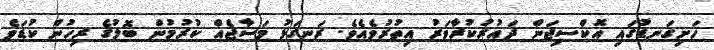
ހަށިގަނޑުގައި އޮކްސިޖަން ދައުރުކުރާވަރު އިތުރުވެއެވެ. ރަނގަޅު މަސާޖެއް ކުރުމުން ބޮލުގެ ރިހުން ކުޑަވެ